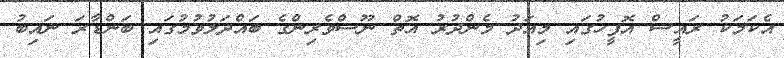
އެކަމަކު ރައީސް އޮފީހުގައި މިއަދު މެންދުރު އޮތް ނޫސްވެރިންގެ ބައްދަލުވުމުގައި ބަންޑާރަ ނައިބު